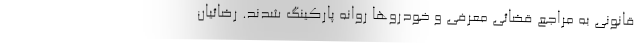
قانونی به مراجع قضائی معرفی و خودروها روانه پارکینگ شدند. رضائیان